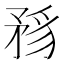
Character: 𥍪